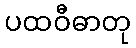
ပထဝီဓာတု